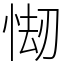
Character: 㥘